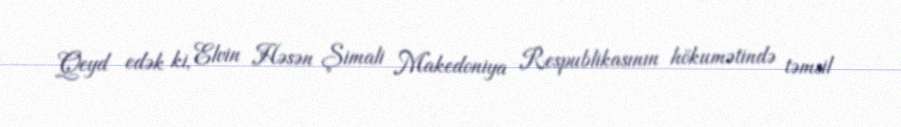
Qeyd edək ki, Elvin Həsən Şimali Makedoniya Respublikasının hökumətində təmsil